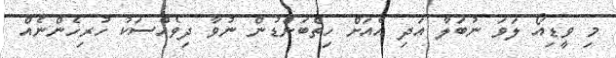
މި ވީޑިއޯ ލަވަ ނުބަލާ އަދި އެއަށް ހިތްބަންޑުން ނުވާ ދިވެއްސަކު ހުރިހެންނެއް